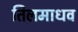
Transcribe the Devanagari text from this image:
तिलमाधव